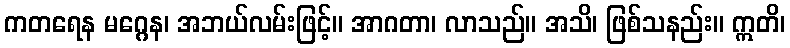
ကတရေန မဂ္ဂေန၊ အဘယ်လမ်းဖြင့်။ အာဂတာ၊ လာသည်။ အသိ၊ ဖြစ်သနည်း။ ဣတိ၊